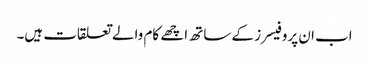
اب ان پروفیسرز کے ساتھ اچھے کام والے تعلقات ہیں۔